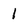
Character: 1